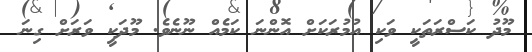
މޫދު ކަސްރަތަކީ ވަކި އުމުރަކަށް އޮންނަ ކަމެއް ނޫނެވެ. މޫދަކީ ވަރަށް ގިނަ